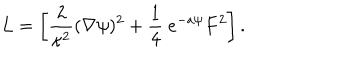
L = \left[ { \frac { 2 } { \kappa ^ { 2 } } } ( \nabla \psi ) ^ { 2 } + { \frac { 1 } { 4 } } \ e ^ { - a \psi } F ^ { 2 } \right] .